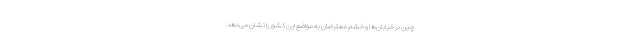
چین در خیابان‌ها و خشم معترضان به مواضع این کشور را نشان می‌دهد.